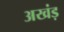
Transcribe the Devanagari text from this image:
अखंड़